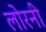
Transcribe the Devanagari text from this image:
लोरनी